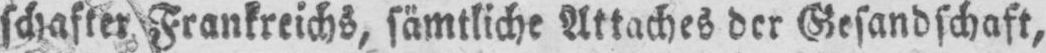
schafter Frankreichs, sämtliche Attaches der Gesandschaft,